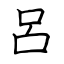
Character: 呂